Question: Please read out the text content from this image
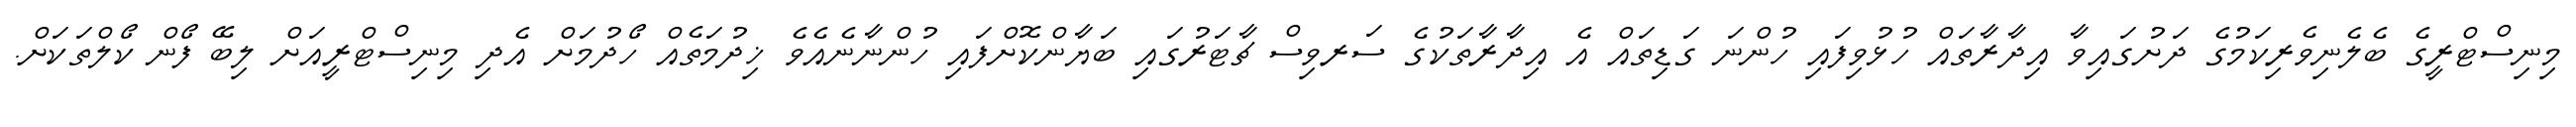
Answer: މިނިސްޓްރީގެ ބެލެނިވެރިކަމުގެ ދަށުގައިވާ އިދާރާތައް ހުޅުވިފައި ހުންނަ ގަޑިތައް އެ އިދާރާތަކުގެ ސަރވިސް ޗާޓަރުގައި ބަޔާންކޮށްފައި ހުންނާނެއެވެ ޚިދުމަތެއް ހޯދުމަށް އެދި މިނިސްޓްރީއަށް ލިބޭ ފޯން ކޯލްތަކަށް.